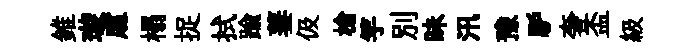
錐璇䖏榻捉拭踰萋伋槍竽别昧汛豫馿奢盃級